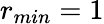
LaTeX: r_{min}=1